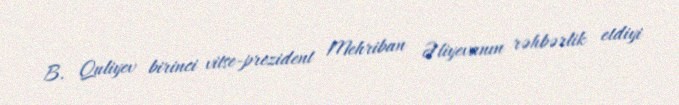
B. Quliyev birinci vitse-prezident Mehriban Əliyevanın rəhbərlik etdiyi